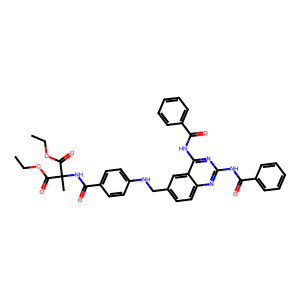
SMILES: CCOC(=O)C(C)(NC(=O)c1ccc(NCc2ccc3nc(NC(=O)c4ccccc4)nc(NC(=O)c4ccccc4)c3c2)cc1)C(=O)OCC
Inhibits HIV replication: No